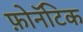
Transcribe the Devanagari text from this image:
फ़ोनॅटिक